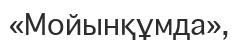
«Мойынқұмда»,